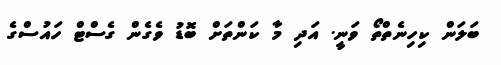
ބަލަން ކިހިނެތްތޯ ވަނީ. އަދި މާ ކަންތަށް ބޮޑު ވެގެން ގެސްޓް ހައުސްގެ